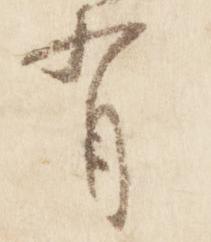
有